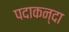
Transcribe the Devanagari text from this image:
पदाकन्दा